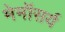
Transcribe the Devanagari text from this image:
मेमॉसर्य